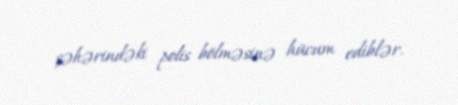
şəhərindəki polis bölməsinə hücum ediblər.